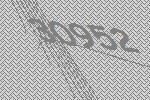
30952